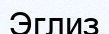
Эглиз